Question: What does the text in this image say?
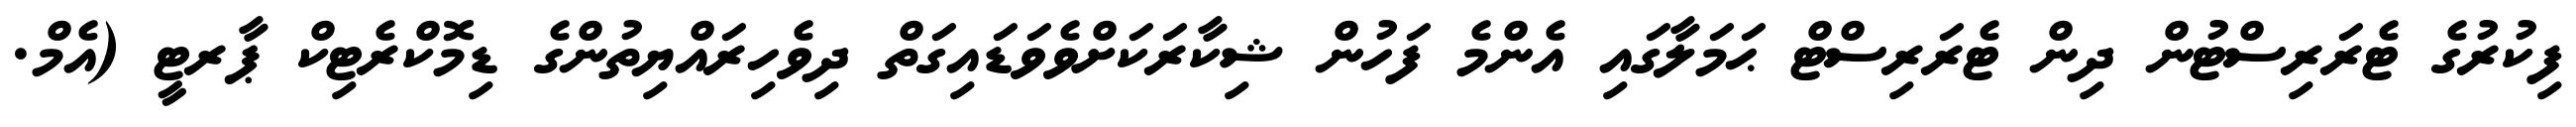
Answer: ފިކުރުގެ ޓެރަރިސްޓުން ދިން ޓެރަރިސްޓް ޙަމަލާގައި އެންމެ ފަހުން ޝިކާރަކަށްވެވަޑައިގަތް ދިވެހިރައްޔިތުންގެ ޑިމޮކްރެޓިކް ޕާރޓީ (އެމް.